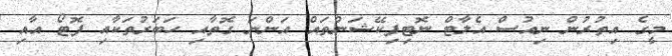
މީގެ އިތުރުން ނިއުސް އެލާޓް ނޮޓިފިކޭޝަންތައް އަންނަ ގޮތާއި ހަބަރުތަކާއި ފޮޓޯ އާއި